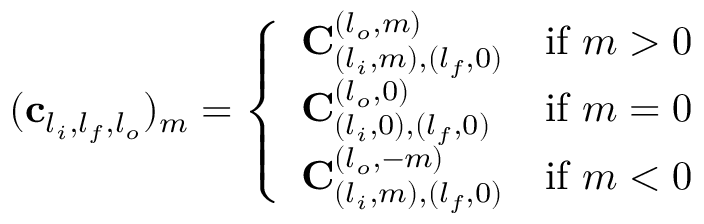
( \mathbf { c } _ { l _ { i } , l _ { f } , l _ { o } } ) _ { m } = \left\{ \begin{array} { l l } { \mathbf { C } _ { ( l _ { i } , m ) , ( l _ { f } , 0 ) } ^ { ( l _ { o } , m ) } } & { \mathrm { i f ~ } m > 0 } \\ { \mathbf { C } _ { ( l _ { i } , 0 ) , ( l _ { f } , 0 ) } ^ { ( l _ { o } , 0 ) } } & { \mathrm { i f ~ } m = 0 } \\ { \mathbf { C } _ { ( l _ { i } , m ) , ( l _ { f } , 0 ) } ^ { ( l _ { o } , - m ) } } & { \mathrm { i f ~ } m < 0 } \end{array} \right.